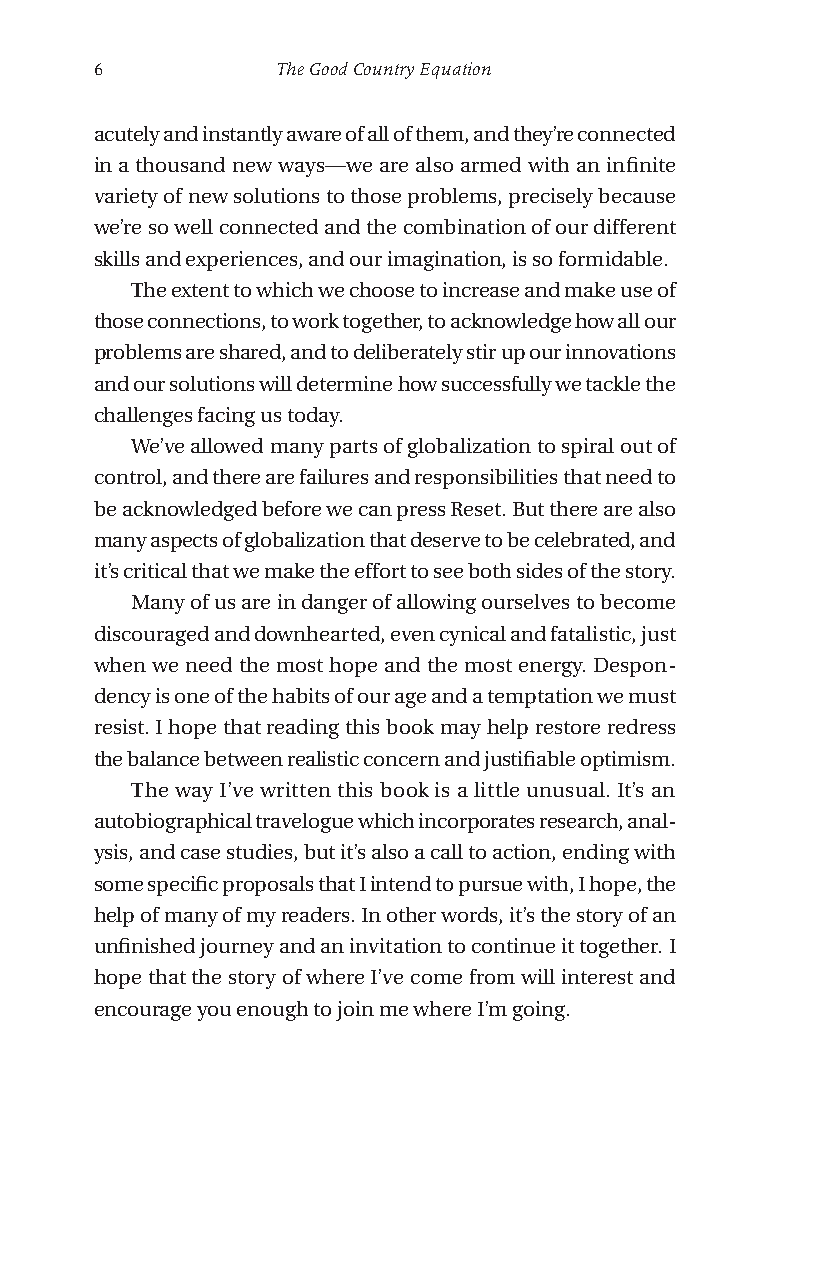
6           The Good Country Equation
 acutely and instantly aware of all of them, and they’re connected
 in a thousand new ways—we are also armed with an infinite
 variety of new solutions to those problems, precisely because
 we’re so well connected and the combination of our different
 skills and experiences, and our imagination, is so formidable.
 The extent to which we choose to increase and make use of
 those connections, to work together, to acknowledge how all our
 problems are shared, and to deliberately stir up our innovations
 and our solutions will determine how successfully we tackle the
 challenges facing us today.
 We’ve allowed many parts of globalization to spiral out of
 control, and there are failures and responsibilities that need to
 be acknowledged before we can press Reset. But there are also
 many aspects of globalization that deserve to be celebrated, and
 it’s critical that we make the effort to see both sides of the story.
 Many of us are in danger of allowing ourselves to become
 discouraged and downhearted, even cynical and fatalistic, just
 when we need the most hope and the most energy. Despon-
 dency is one of the habits of our age and a temptation we must
 resist. I hope that reading this book may help restore redress
 the balance between realistic concern and justifiable optimism.
 The way I’ve written this book is a little unusual. It’s an
 autobiographical travelogue which incorporates research, anal-
 ysis, and case studies, but it’s also a call to action, ending with
 some specific proposals that I intend to pursue with, I hope, the
 help of many of my readers. In other words, it’s the story of an
 unfinished journey and an invitation to continue it together. I
 hope that the story of where I’ve come from will interest and
 encourage you enough to join me where I’m going.